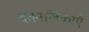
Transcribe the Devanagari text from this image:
दंतनलिकाएँ